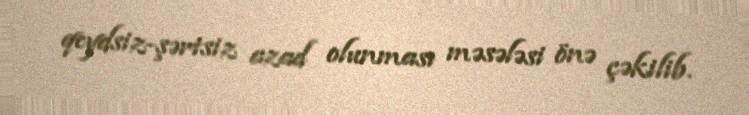
qeydsiz-şərtsiz azad olunması məsələsi önə çəkilib.